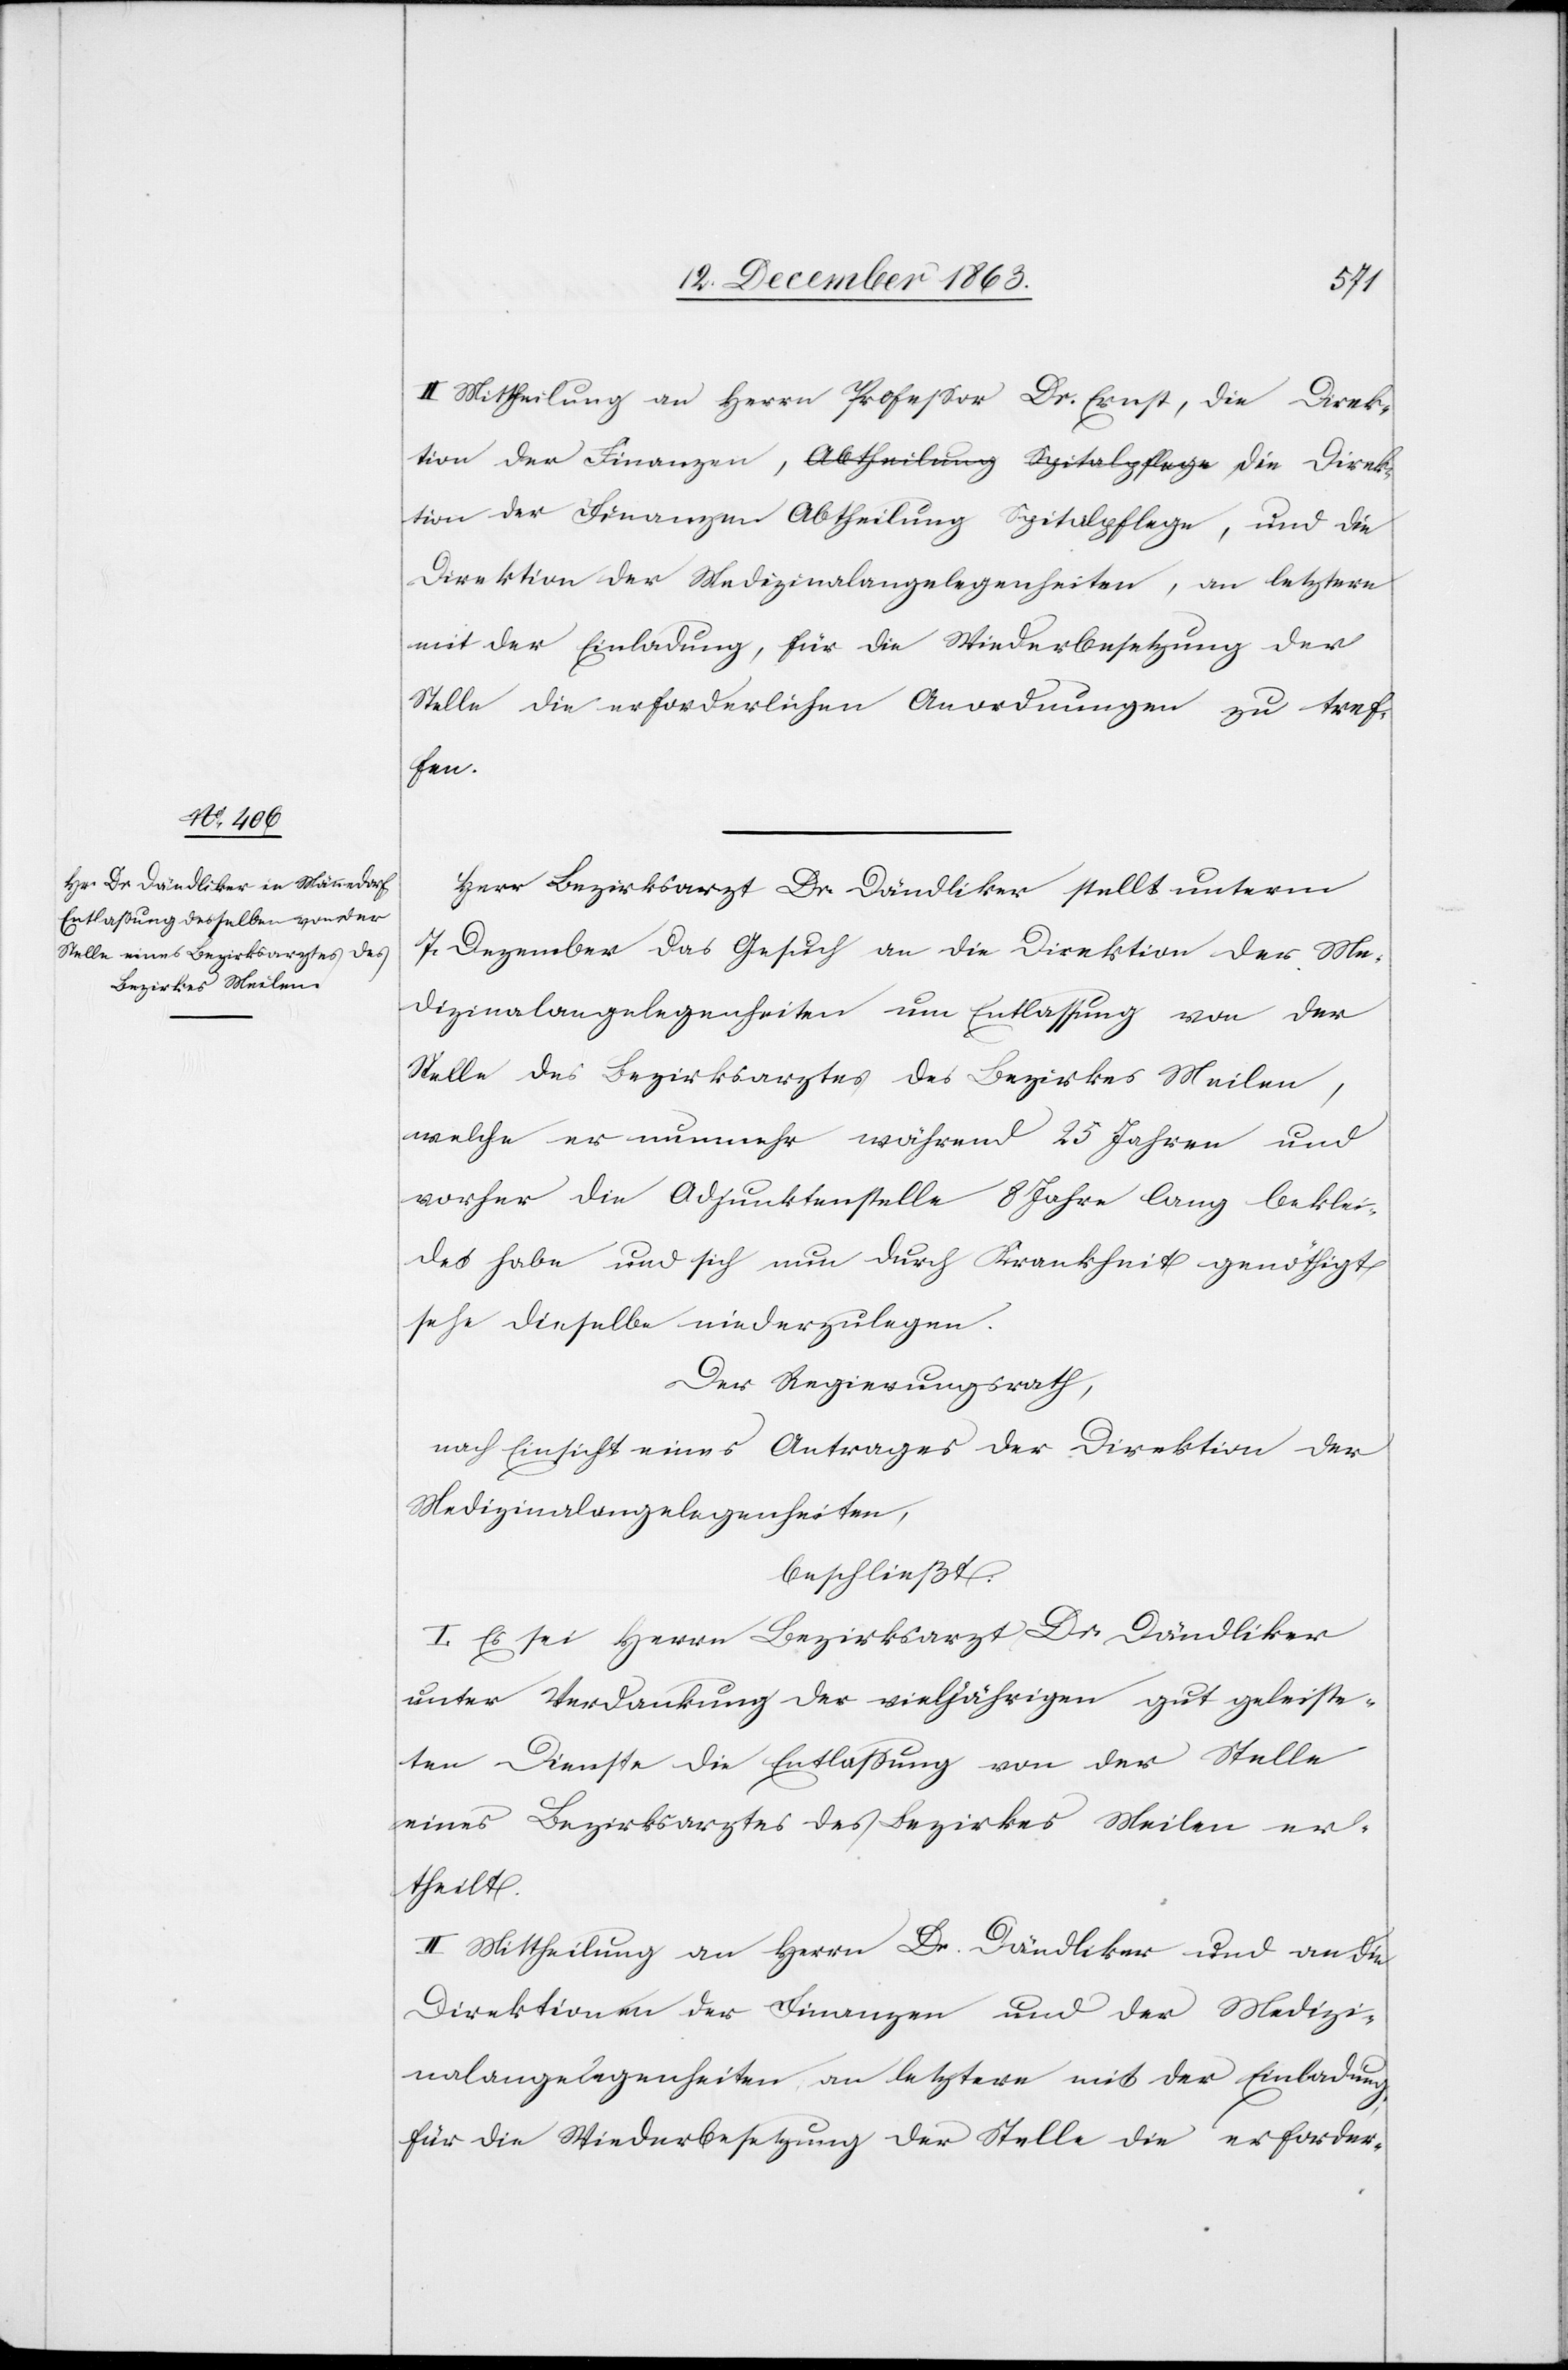
II. Mittheilung an Herrn Professor Dr. Ernst, die
Direktion der Medizinalangelegenheiten, an letztere
mit der Einladung, für die Wiederbesetzung der
Stelle die erforderlichen Anordnung zu tref¬
fen.
Herr Bezirksarzt Dr. Dändliker stellt unterm
7. Dezember das Gesuch an die Direktion der Me¬
dizinalangelegenheiten um Entlassung von der
Stelle des Bezirksarztes des Bezirkes Meilen,
welche er nunmehr während 25 Jahren und
vorher die Adjunktenstelle 8 Jahre lang beklei¬
det habe und sich nun durch Krankheit genöthigt
sehe dieselbe niederzulegen.
Der Regierungsrath,
nach Einsicht eines Antrages der Direktion der
Medizinalangelegenheiten,
beschließt:
I. Es sei Herrn Bezirksarzt Dr. Dändliker
unter Verdankung der vieljährigen gut geleiste¬
ten Dienste die Entlassung von der Stelle
eines Bezirksarztes des Bezirkes Meilen er¬
theilt.
II. Mittheilung an Herrn Dr. Dändliker und an die
Direktion der Finanzen und der Medizi¬
nalangelegenheiten, an letztere mit der Einladung,
für die Wiederbesetzung der Stelle die erforder-